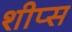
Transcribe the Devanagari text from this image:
शीप्स